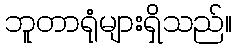
ဘူတာရုံများရှိသည်။